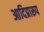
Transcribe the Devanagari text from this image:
आदिप्रारूप